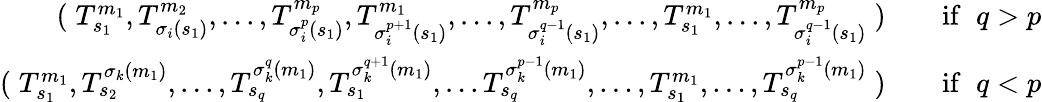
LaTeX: \begin{array}{rlr}{(\; T_{s_{1}}^{m_{1}},T_{\sigma_{i}(s_{1})}^{m_{2}},...,T_{\sigma_{i}^{p}(s_{1})}^{m_{p}},T_{\sigma_{i}^{p+1}(s_{1})}^{m_{1}},...,T_{\sigma_{i}^{q-1}(s_{1})}^{m_{p}},...,T_{s_{1}}^{m_{1}},...,T_{\sigma_{i}^{q-1}(s_{1})}^{m_{p}}\; )}&{}&{\mathrm{if}\; \; q>p}\\ {(\; T_{s_{1}}^{m_{1}},T_{s_{2}}^{\sigma_{k}(m_{1})},...,T_{s_{q}}^{\sigma_{k}^{q}(m_{1})},T_{s_{1}}^{\sigma_{k}^{q+1}(m_{1})},...T_{s_{q}}^{\sigma_{k}^{p-1}(m_{1})},...,T_{s_{1}}^{m_{1}},...,T_{s_{q}}^{\sigma_{k}^{p-1}(m_{1})}\; )}&{}&{\mathrm{if}\; \; q<p}\end{array}